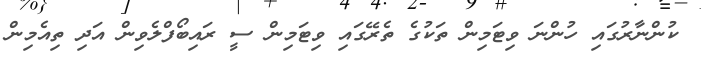
ކުންނާރުގައި ހުންނަ ވިޓަމިން ތަކުގެ ތެރޭގައި ވިޓަމިން ސީ ރައިބޯފްލެވިން އަދި ތިއެމިން